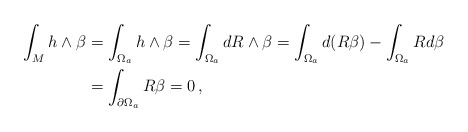
\begin{align*}\int_M h\wedge \beta &=\int_{\Omega_a}h\wedge \beta=\int_{\Omega_a} dR\wedge\beta=\int_{\Omega_a}d(R\beta)-\int_{\Omega_a} Rd\beta\\ &=\int_{\partial \Omega_a}R\beta=0\,,\end{align*}